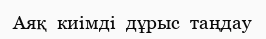
Аяқ  киімді  дұрыс  таңдау